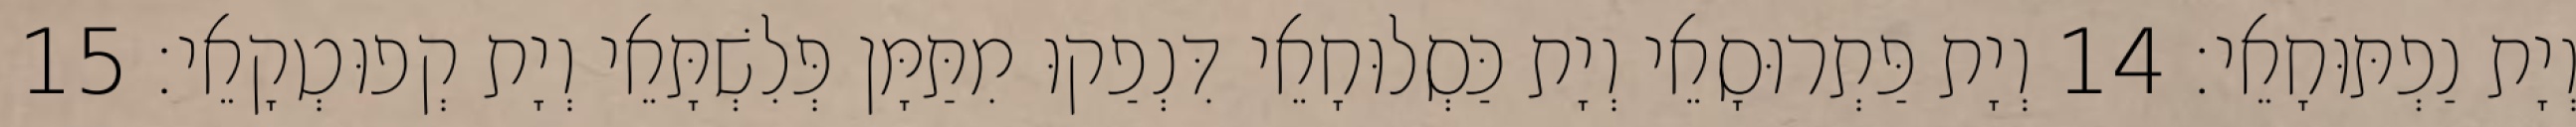
וְיָת נַפְתּוּחָאֵי׃ 14 וְיָת פַּתְרוּסָאֵי וְיָת כַּסְלוּחָאֵי דִּנְפַקוּ מִתַּמָּן פְּלִשְׁתָּאֵי וְיָת קְפוּטְקָאֵי׃ 15